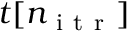
t [ n _ { \mathrm { ~ i ~ t ~ r ~ } } ]